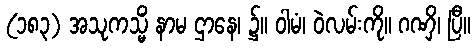
(၁၈၃) အသုကသ္မိံ နာမ ဌာနေ၊ ၌။ ဝါမံ၊ ဝဲလမ်းကို။ ဂဏှိ၊ ပြီ။